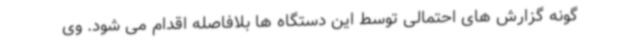
گونه گزارش های احتمالی توسط این دستگاه ها بلافاصله اقدام می شود. وی